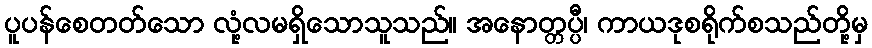
ပူပန်စေတတ်သော လုံ့လမရှိသောသူသည်။ အနောတ္တပ္ပီ၊ ကာယဒုစရိုက်စသည်တို့မှ